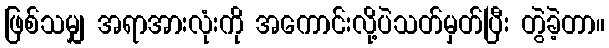
ဖြစ်သမျှ အရာအားလုံးကို အကောင်းလို့ပဲသတ်မှတ်ပြီး တွဲခဲ့တာ။